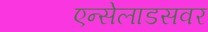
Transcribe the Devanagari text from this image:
एन्सेलाडसवर